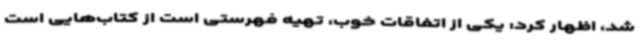
شد، اظهار کرد: یکی از اتفاقات خوب، تهیه فهرستی است از کتاب‌هایی است